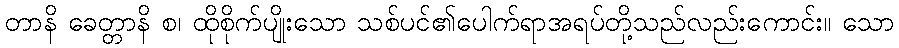
တာနိ ခေတ္တာနိ စ၊ ထိုစိုက်ပျိုးသော သစ်ပင်၏ပေါက်ရာအရပ်တို့သည်လည်းကောင်း။ သော